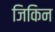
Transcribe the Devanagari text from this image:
जिकिन